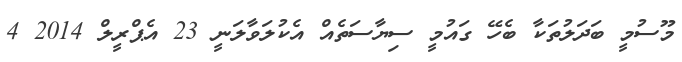
މޫސުމީ ބަދަލުތަކާ ބެހޭ ގައުމީ ސިޔާސަތެއް އެކުލަވާލަނީ 23 އެޕްރީލް 2014 4